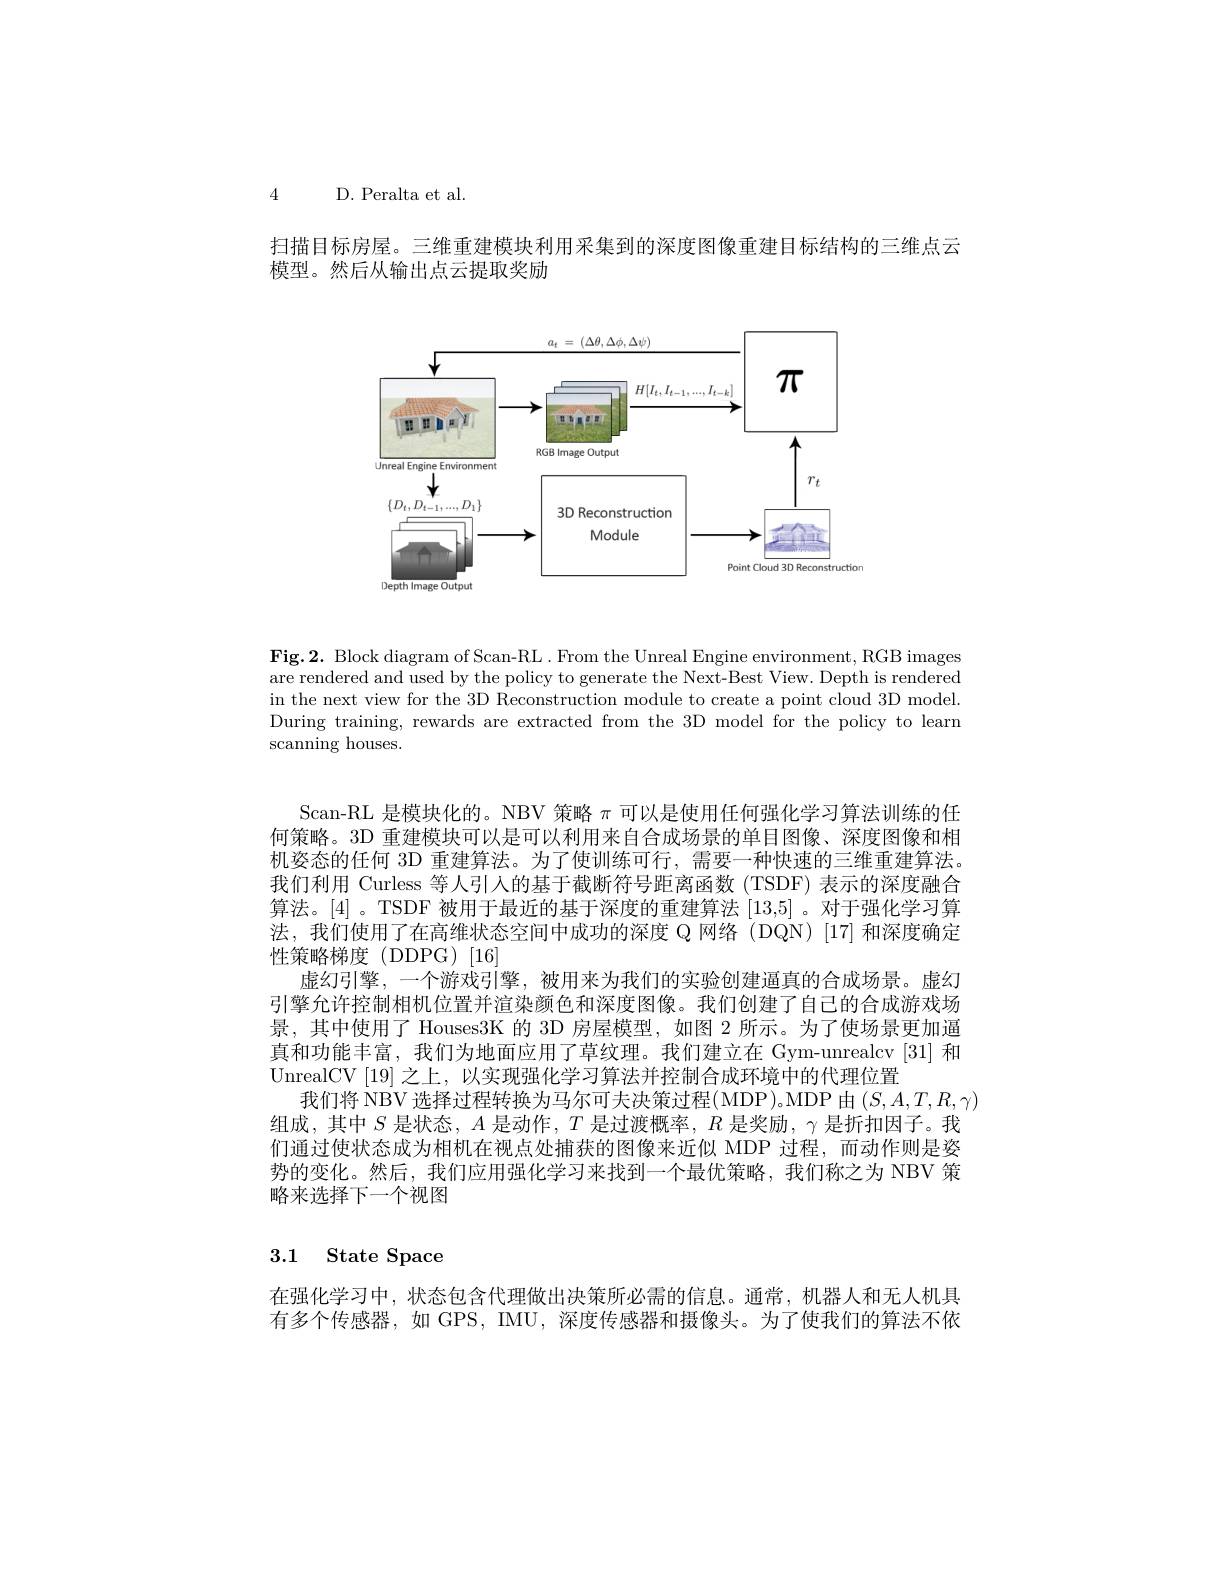
4 D. Peralta et al.

扫描目标房屋。三维重建模块利用采集到的深度图像重建目标结构的三维点云
模型。然后从输出点云提取奖励

<FigureHere>

Fig.2. Block diagram of Scan-RL. From the Unreal Engine environment, RGB images are rendered and used by the policy to generate the Next-Best View. Depth is rendered in the next view for the 3D Reconstruction module to create a point cloud 3D model. During training, rewards are extracted from the 3D model for the policy to learn $\operatorname{scanning}$ houses.

Scan-RL 是模块化的。NBV 策略$\pi$可以是使用任何强化学习算法训练的任何策略。3D 重建模块可以是可以利用来自合成场景的单目图像、深度图像和相机姿态的任何 3D 重建算法。为了使训练可行，需要一种快速的三维重建算法。我们利用 Curless 等人引人的基于截断符号距离函数 (TSDF) 表示的深度融合算法。[4]。TSDF 被用于最近的基于深度的重建算法 [13,5] 。对于强化学习算法，我们使用了在高维状态空间中成功的深度 Q 网络(DQN)[17]和深度确定性策略梯度(DDPG)[16]
虚幻引擎，一个游戏引擎，被用来为我们的实验创建逼真的合成场景。虚幻引擎允许控制相机位置并渲染颜色和深度图像。我们创建了自己的合成游戏场景，其中使用了 Houses3K 的 3D 房屋模型，如图 2 所示。为了使场景更加逼真和功能丰富，我们为地面应用了草纹理。我们建立在 Gym-unrealcv[31] 和UnrealCV[19] 之上，以实现强化学习算法并控制合成环境中的代理位置
我们将 NBV 选择过程转换为马尔可夫决策过程(MDP)。MDP 由$(S,A,T,R,\gamma)$
组成，其中$S$是状态，$A$是动作，$T$是过渡概率，$R$是奖励，$\gamma$是折扣因子。我们通过使状态成为相机在视点处捕获的图像来近似 MDP 过程，而动作则是姿势的变化。然后，我们应用强化学习来找到一个最优策略，我们称之为 NBV 策略来选择下一个视图

## 3.1 State Space

在强化学习中，状态包含代理做出决策所必需的信息。通常，机器人和无人机具有多个传感器，如 GPS, IMU, 深度传感器和摄像头。为了使我们的算法不依